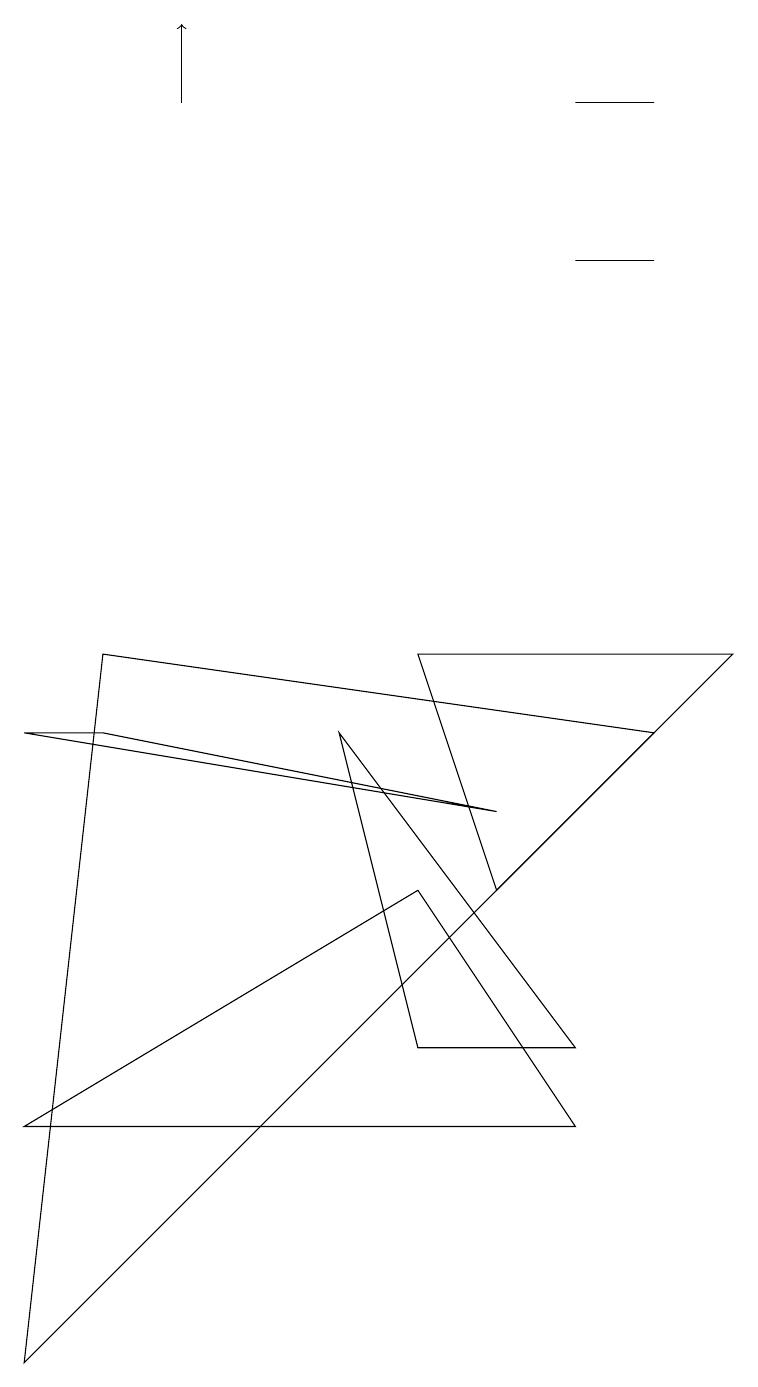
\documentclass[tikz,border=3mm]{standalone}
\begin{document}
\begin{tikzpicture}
\draw (9,9) -- (5,9) -- (6,6) -- cycle;
\draw (7,14) rectangle (8,14);
\draw (6,7) -- (0,8) -- (1,8) -- cycle;
\draw (8,16) rectangle (7,16);
\draw (5,6) -- (7,3) -- (0,3) -- cycle;
\draw (4,8) -- (5,4) -- (7,4) -- cycle;
\draw (1,9) -- (0,0) -- (8,8) -- cycle;
\draw[->] (2,16) -- (2,17);
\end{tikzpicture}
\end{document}